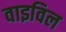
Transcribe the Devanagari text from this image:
वाइविल